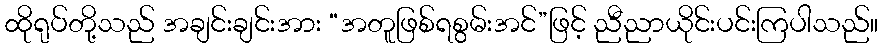
ထိုရုပ်တို့သည် အချင်းချင်းအား “အတူဖြစ်ရစွမ်းအင်”ဖြင့် ညီညာယိုင်းပင်းကြပါသည်။